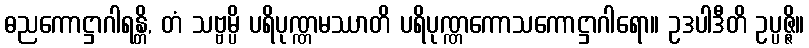
ဓညကောဋ္ဌာဂါရန္တိ, တံ သဗ္ဗမ္ပိ ပရိပုဏ္ဏမဿာတိ ပရိပုဏ္ဏကောသကောဋ္ဌာဂါရော။ ဥဒပါဒီတိ ဥပ္ပဇ္ဇိ။